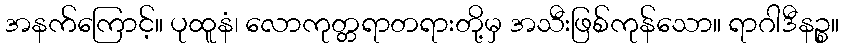
အနက်ကြောင့်။ ပုထူနံ၊ လောကုတ္တရာတရားတို့မှ အသီးဖြစ်ကုန်သော။ ရာဂါဒီနဉ္စ။